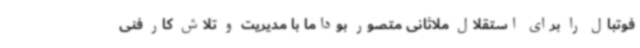
فوتبال را برای استقلال ملاثانی متصور بوداما با مدیریت و تلاش کار فنی